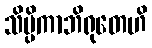
သိပ္ပိကာဘိရုတေဟိ